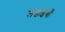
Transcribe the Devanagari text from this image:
लडाईयाँ